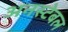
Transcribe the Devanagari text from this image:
अनस्टेबल